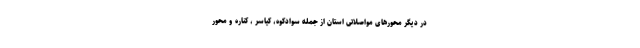
در دیگر محورهای مواصلاتی استان از جمله سوادکوه، کیاسر ، کناره و محور